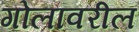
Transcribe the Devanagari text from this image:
गोलावरील